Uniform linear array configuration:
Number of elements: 24
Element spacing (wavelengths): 1
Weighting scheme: hann
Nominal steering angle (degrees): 60
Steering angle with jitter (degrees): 60.545
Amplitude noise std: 0.05
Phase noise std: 0.05

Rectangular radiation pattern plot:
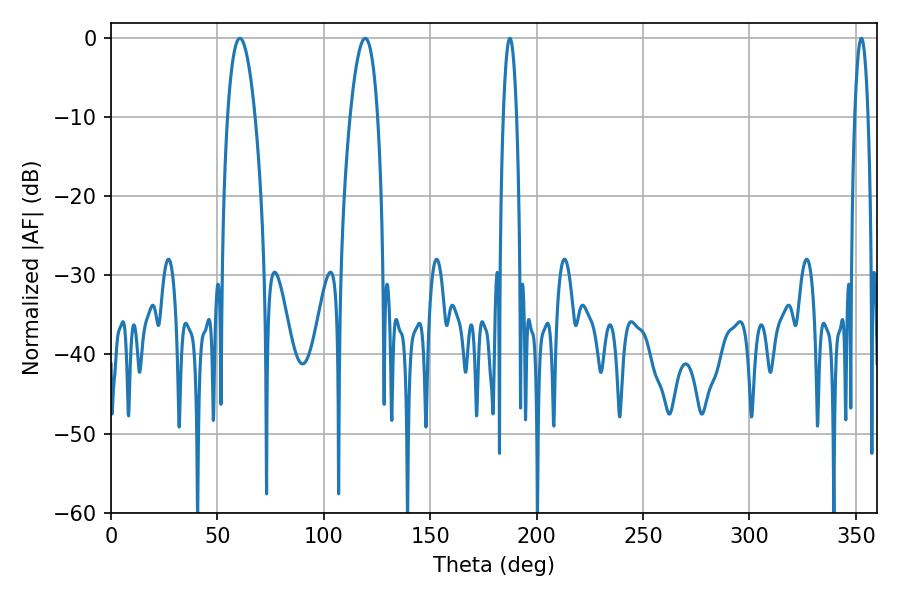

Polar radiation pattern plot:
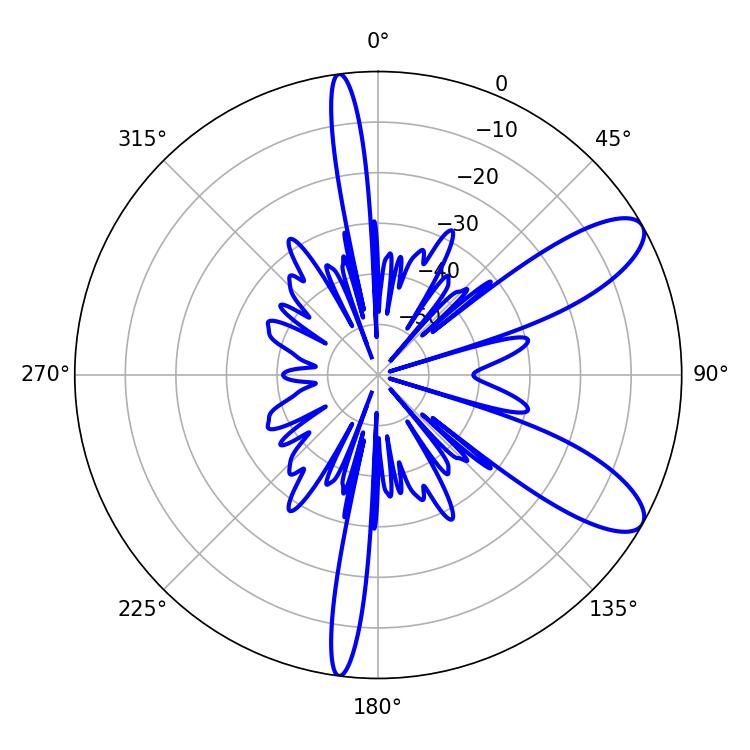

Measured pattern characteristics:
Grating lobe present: TRUE
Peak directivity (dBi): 9.636
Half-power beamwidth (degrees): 7.02
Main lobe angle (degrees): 60.48